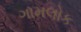
ગામલોક